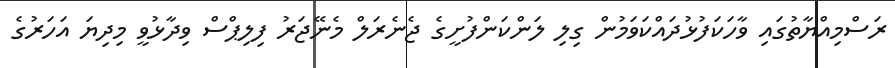
ރަސްމިއްޔާތުގައި ވާހަކަފުޅުދައްކަވަމުން ގިލި ލަންކަންފުށީގެ ޖެނެރަލް މެނޭޖަރު ފިލިޕްސް ވިދާޅުވީ މިދިޔަ އަހަރުގެ